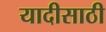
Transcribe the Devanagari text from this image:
यादीसाठी